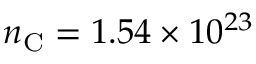
n _ { \mathrm { C } } = 1 . 5 4 \times 1 0 ^ { 2 3 }